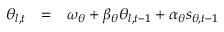
\begin{array} { r c l } { \theta _ { l , t } } & { = } & { \omega _ { \theta } + \beta _ { \theta } \theta _ { l , t - 1 } + \alpha _ { \theta } s _ { \theta , t - 1 } } \end{array}